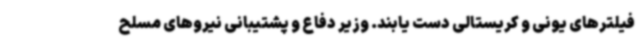
فیلترهای یونی و کریستالی دست یابند. وزیر دفاع و پشتیبانی نیروهای مسلح